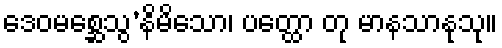
ဒေဝမစ္ဆေသွ’နိမိသော၊ ပတ္ထော တု မာနသာနုသု။